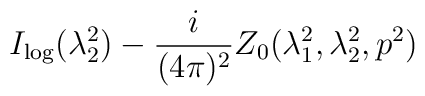
I_{\log }(\lambda _{2}^{2})-\frac{i}{(4\pi )^{2}}Z_{0}(\lambda_{1}^{2},\lambda _{2}^{2},p^{2})